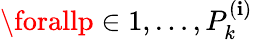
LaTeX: \forallp\in1,\ldots,P_{k}^{(\mathbf{i})}